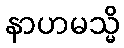
နာဟမသ္မိ